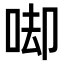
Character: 𠳞